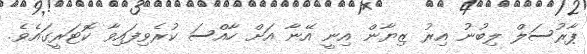
ޕާރުސަލް ލިބުނު އިރު ޒިޔާން އިނީ އޭނާ އަށް ހާއްސަ ކުރެވިފައިވާ ކޮޓަރީގައެވެ.